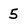
Character: 5